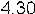
4.30